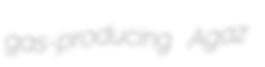
gas-producing Agaz